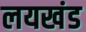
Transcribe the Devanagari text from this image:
लयखंड